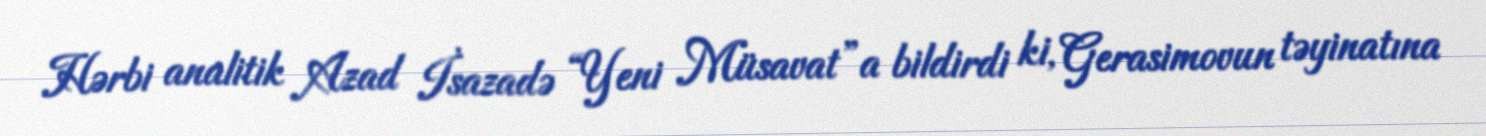
Hərbi analitik Azad İsazadə “Yeni Müsavat”a bildirdi ki, Gerasimovun təyinatına